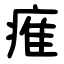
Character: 痽